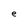
Character: e